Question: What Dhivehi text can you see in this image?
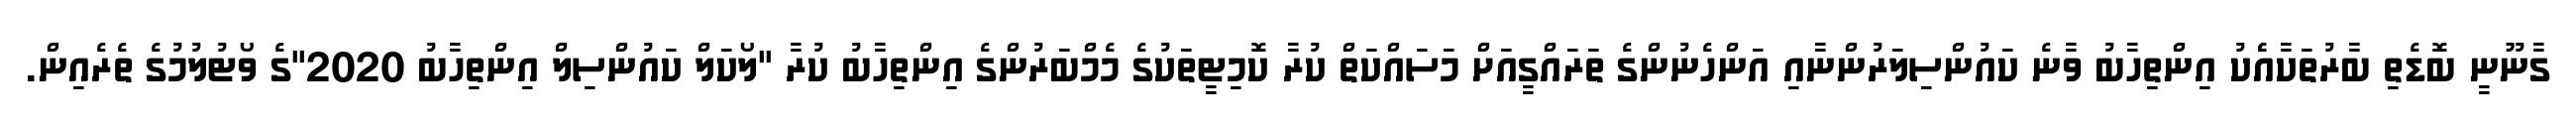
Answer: ގާނޫނީ ބޮޑެތި ބާރުތަކާއެެކު އިންތިހާބު ވާނެ ކައުންސިލަރުންނާއި އަންހެނުންގެ ތަރައްގީއަށް މަސައްކަތް ކުރާ ކޮމިޓީތަކުގެ މެމްބަރުންގެ އިންތިހާބު ކުރާ "ލޯކަލް ކައުންސިލް އިންތިހާބު 2020"ގެ ވޯޓުލުމުގެ ތެރެއިން.